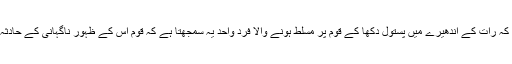
آمریت کا المیہ یہی ہوتا ہے کہ رات کے اندھیرے میں پستول دکھا کے قوم پر مسلط ہونے والا فرد واحد یہ سمجھتا ہے کہ قوم اس کے ظہور ناگہانی کے حادثہ فاجعہ کے انتظار میں تھی۔